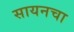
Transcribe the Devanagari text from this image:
सायनचा